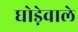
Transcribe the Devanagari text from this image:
घोड़ेवाले